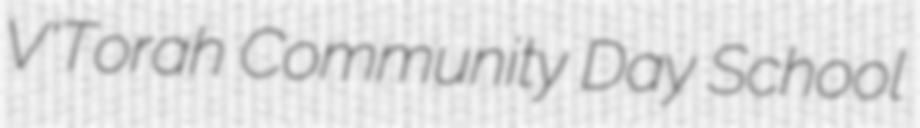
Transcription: V'Torah Community Day School